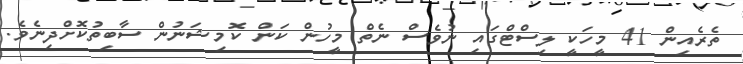
ތެރެއިން 41 މީހަކީ ލިސްޓްގައި ނުވެސް ނެތް މީހުން ކަން ކޮމިޝަނުން ސާބިތުކޮށްދިނެވެ.